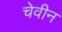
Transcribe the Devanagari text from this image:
चेवीन